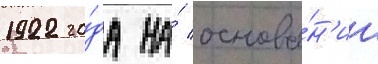
1922 го́да на́ основа́н'ии